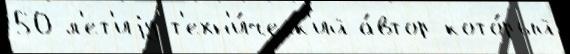
50-л'ет'иjу т'ехн'и́ческ'ий а́втор кото́рый